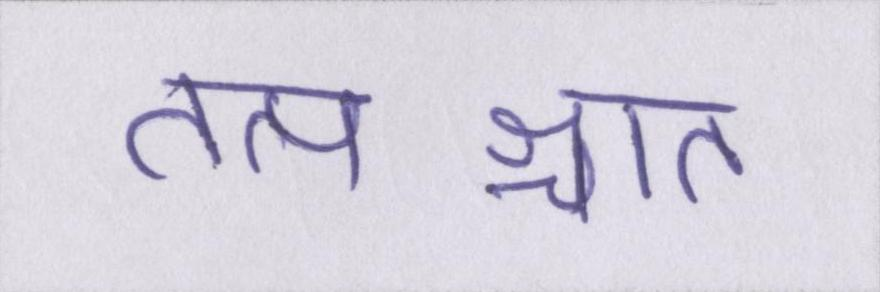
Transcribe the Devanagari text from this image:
तत्पश्चात